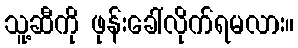
သူ့ဆီကို ဖုန်းခေါ်လိုက်ရမလား။